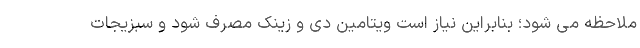
ملاحظه می شود؛ بنابراین نیاز است ویتامین دی و زینک مصرف شود و سبزیجات